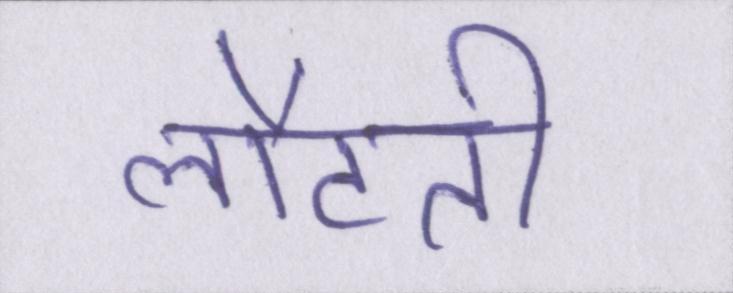
लौटती